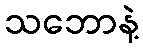
သဘောနဲ့